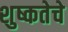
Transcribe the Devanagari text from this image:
शुष्कतेचे